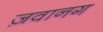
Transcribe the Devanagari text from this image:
ज़वानग